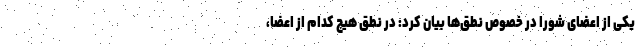
یکی از اعضای شورا در خصوص نطق‌ها بیان کرد: در نطق هیچ کدام از اعضا،